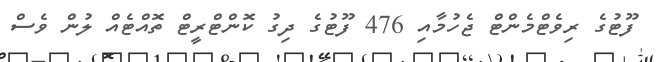
ފޫޓުގެ ރިވެޓްމެންޓް ޖެހުމާއި 476 ފޫޓުގެ ދިގު ކޮންޓްރީޓް ތޮއްޓެއް ލުން ވެސް